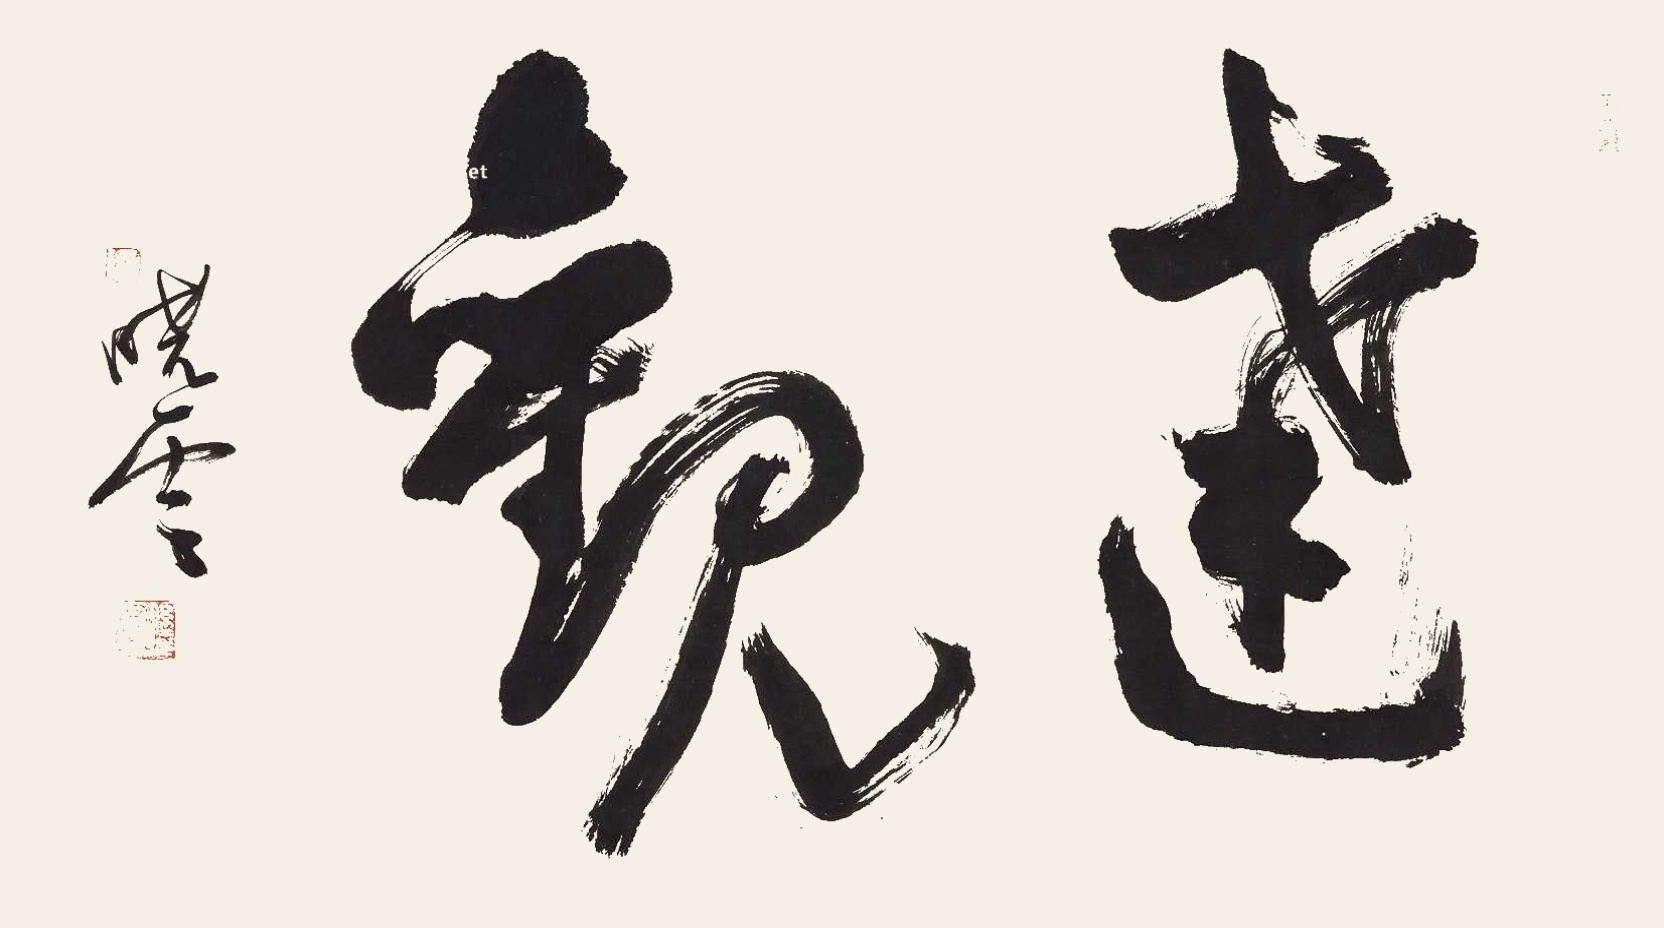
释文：远观。晓云。